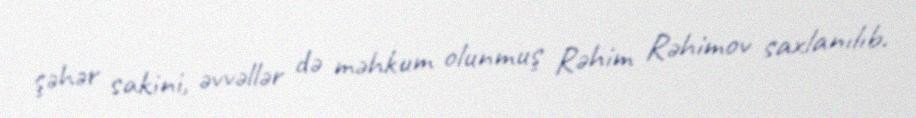
şəhər sakini, əvvəllər də məhkum olunmuş Rəhim Rəhimov saxlanılıb.